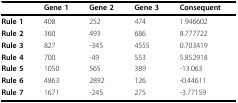
|  | Gene 1 | Gene 2 | Gene 3 | Consequent |
 | --- | --- | --- | --- | --- |
 | Rule 1 | 408 | 252 | 474 | 1.946602 |
 | Rule 2 | 360 | 493 | 686 | 8.777722 |
 | Rule 3 | 827 | -345 | 4555 | 0.703419 |
 | Rule 4 | 700 | -49 | 553 | 5.852918 |
 | Rule 5 | 1050 | 565 | 389 | -13.063 |
 | Rule 6 | 4863 | 2892 | 126 | -0.44611 |
 | Rule 7 | 1671 | -245 | 275 | -3.77159 |